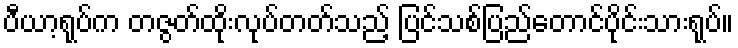
ပီယာ့ရုပ်က တဇွတ်ထိုးလုပ်တတ်သည့် ပြင်သစ်ပြည်တောင်ပိုင်းသားရုပ်။